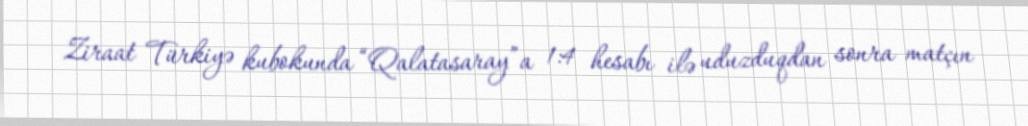
Ziraat Türkiyə kubokunda “Qalatasaray”a 1:4 hesabı ilə uduzduqdan sonra matçın